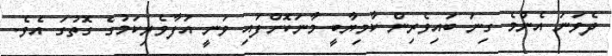
ދެވަނަ އެންމެ ގިނަ ބައިވެރިން ކާމިޔާބީ މާނަކޮށްފައި ވަނީ އުފާވެރިކަމުގެ ގޮތުގަ އެވެ.